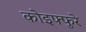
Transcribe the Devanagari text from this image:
कोइफ्फुरे